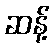
ဆန့်